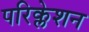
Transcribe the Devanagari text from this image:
परिक्लेशन